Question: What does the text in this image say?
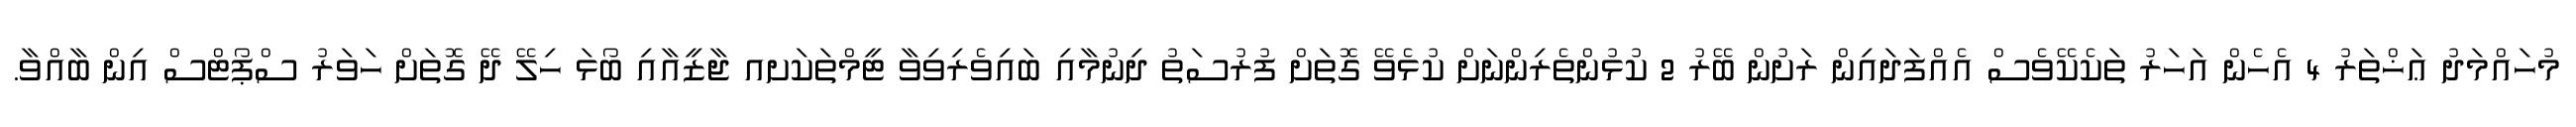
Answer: މުހައްމަދު ޢަޚްތަރު 4 އެހެން އަހަރު ތަކެކޭވެސް އެއްފަދައިން ރަށުން ބޭރު 2 ކުޅުންތެރިންނަށް ކުޅެވޭ ގޮތަށް ފުރުސަތު ދިނުމާއި ބައިވެރިވިވާ ޓީމްތަކަށއ ޖާޒީއާއި ބޯޅަ ހިލޭ ދޭ ގޮތަށް ހަވަރު ސްޕޯޓްސް އިން ބާއްވާ.